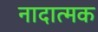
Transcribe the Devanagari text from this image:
नादात्मक